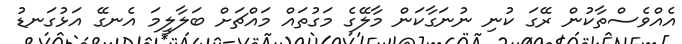
އެއްވެސްތާކުން ރޭގަ ކުނި ނުނަގާކަން މާލޭގެ މަގުތައް މައްޗަށް ބަލާލީމަ އެނގޭ އަޅުގަނޑު